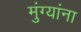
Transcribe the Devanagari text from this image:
मुंग्यांना